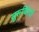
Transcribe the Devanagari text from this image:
सुरूचिरैर्यो